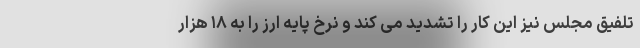
تلفیق مجلس نیز این کار را تشدید می کند و نرخ پایه ارز را به ۱۸ هزار